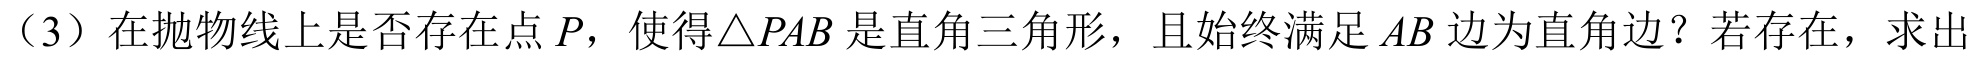
（3）在抛物线上是否存在点 \(P\)，使得\(\triangle PAB\) 是直角三角形，且始终满足 \(AB\) 边为直角边？若存在，求出